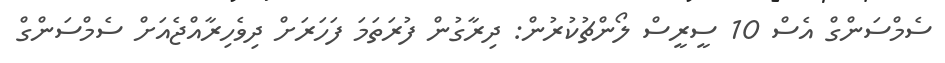
ސެމްސަންގް އެސް 10 ސީރީސް ލޯންޗުކުރުން: ދިރާގުން ފުރަތަމަ ފަހަރަށް ދިވެހިރާއްޖެއަށް ސެމްސަންގް